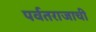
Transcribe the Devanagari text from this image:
पर्वतराजाची